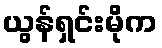
ယွန်ရှင်းမိုက